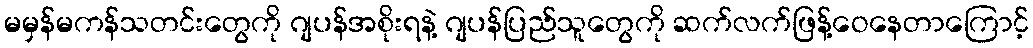
မမှန်မကန်သတင်းတွေကို ဂျပန်အစိုးရနဲ့ ဂျပန်ပြည်သူတွေကို ဆက်လက်ဖြန့်ဝေနေတာကြောင့်